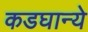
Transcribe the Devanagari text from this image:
कडघान्ये